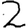
Digit: 2